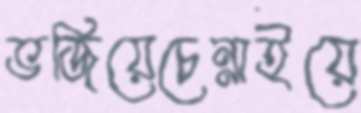
ভজিয়েচেন্নাইয়ে